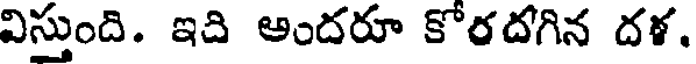
విస్తుంది. ఇది అందరూ కోరదగిన దళ.